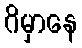
ဂိမှာနေ